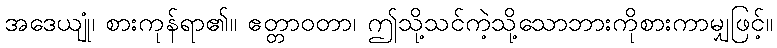
အဒေယျုံ၊ စားကုန်ရာ၏။ ဧတ္တာဝတာ၊ ဤသို့သင်ကဲ့သို့သောဘားကိုစားကာမျှဖြင့်။